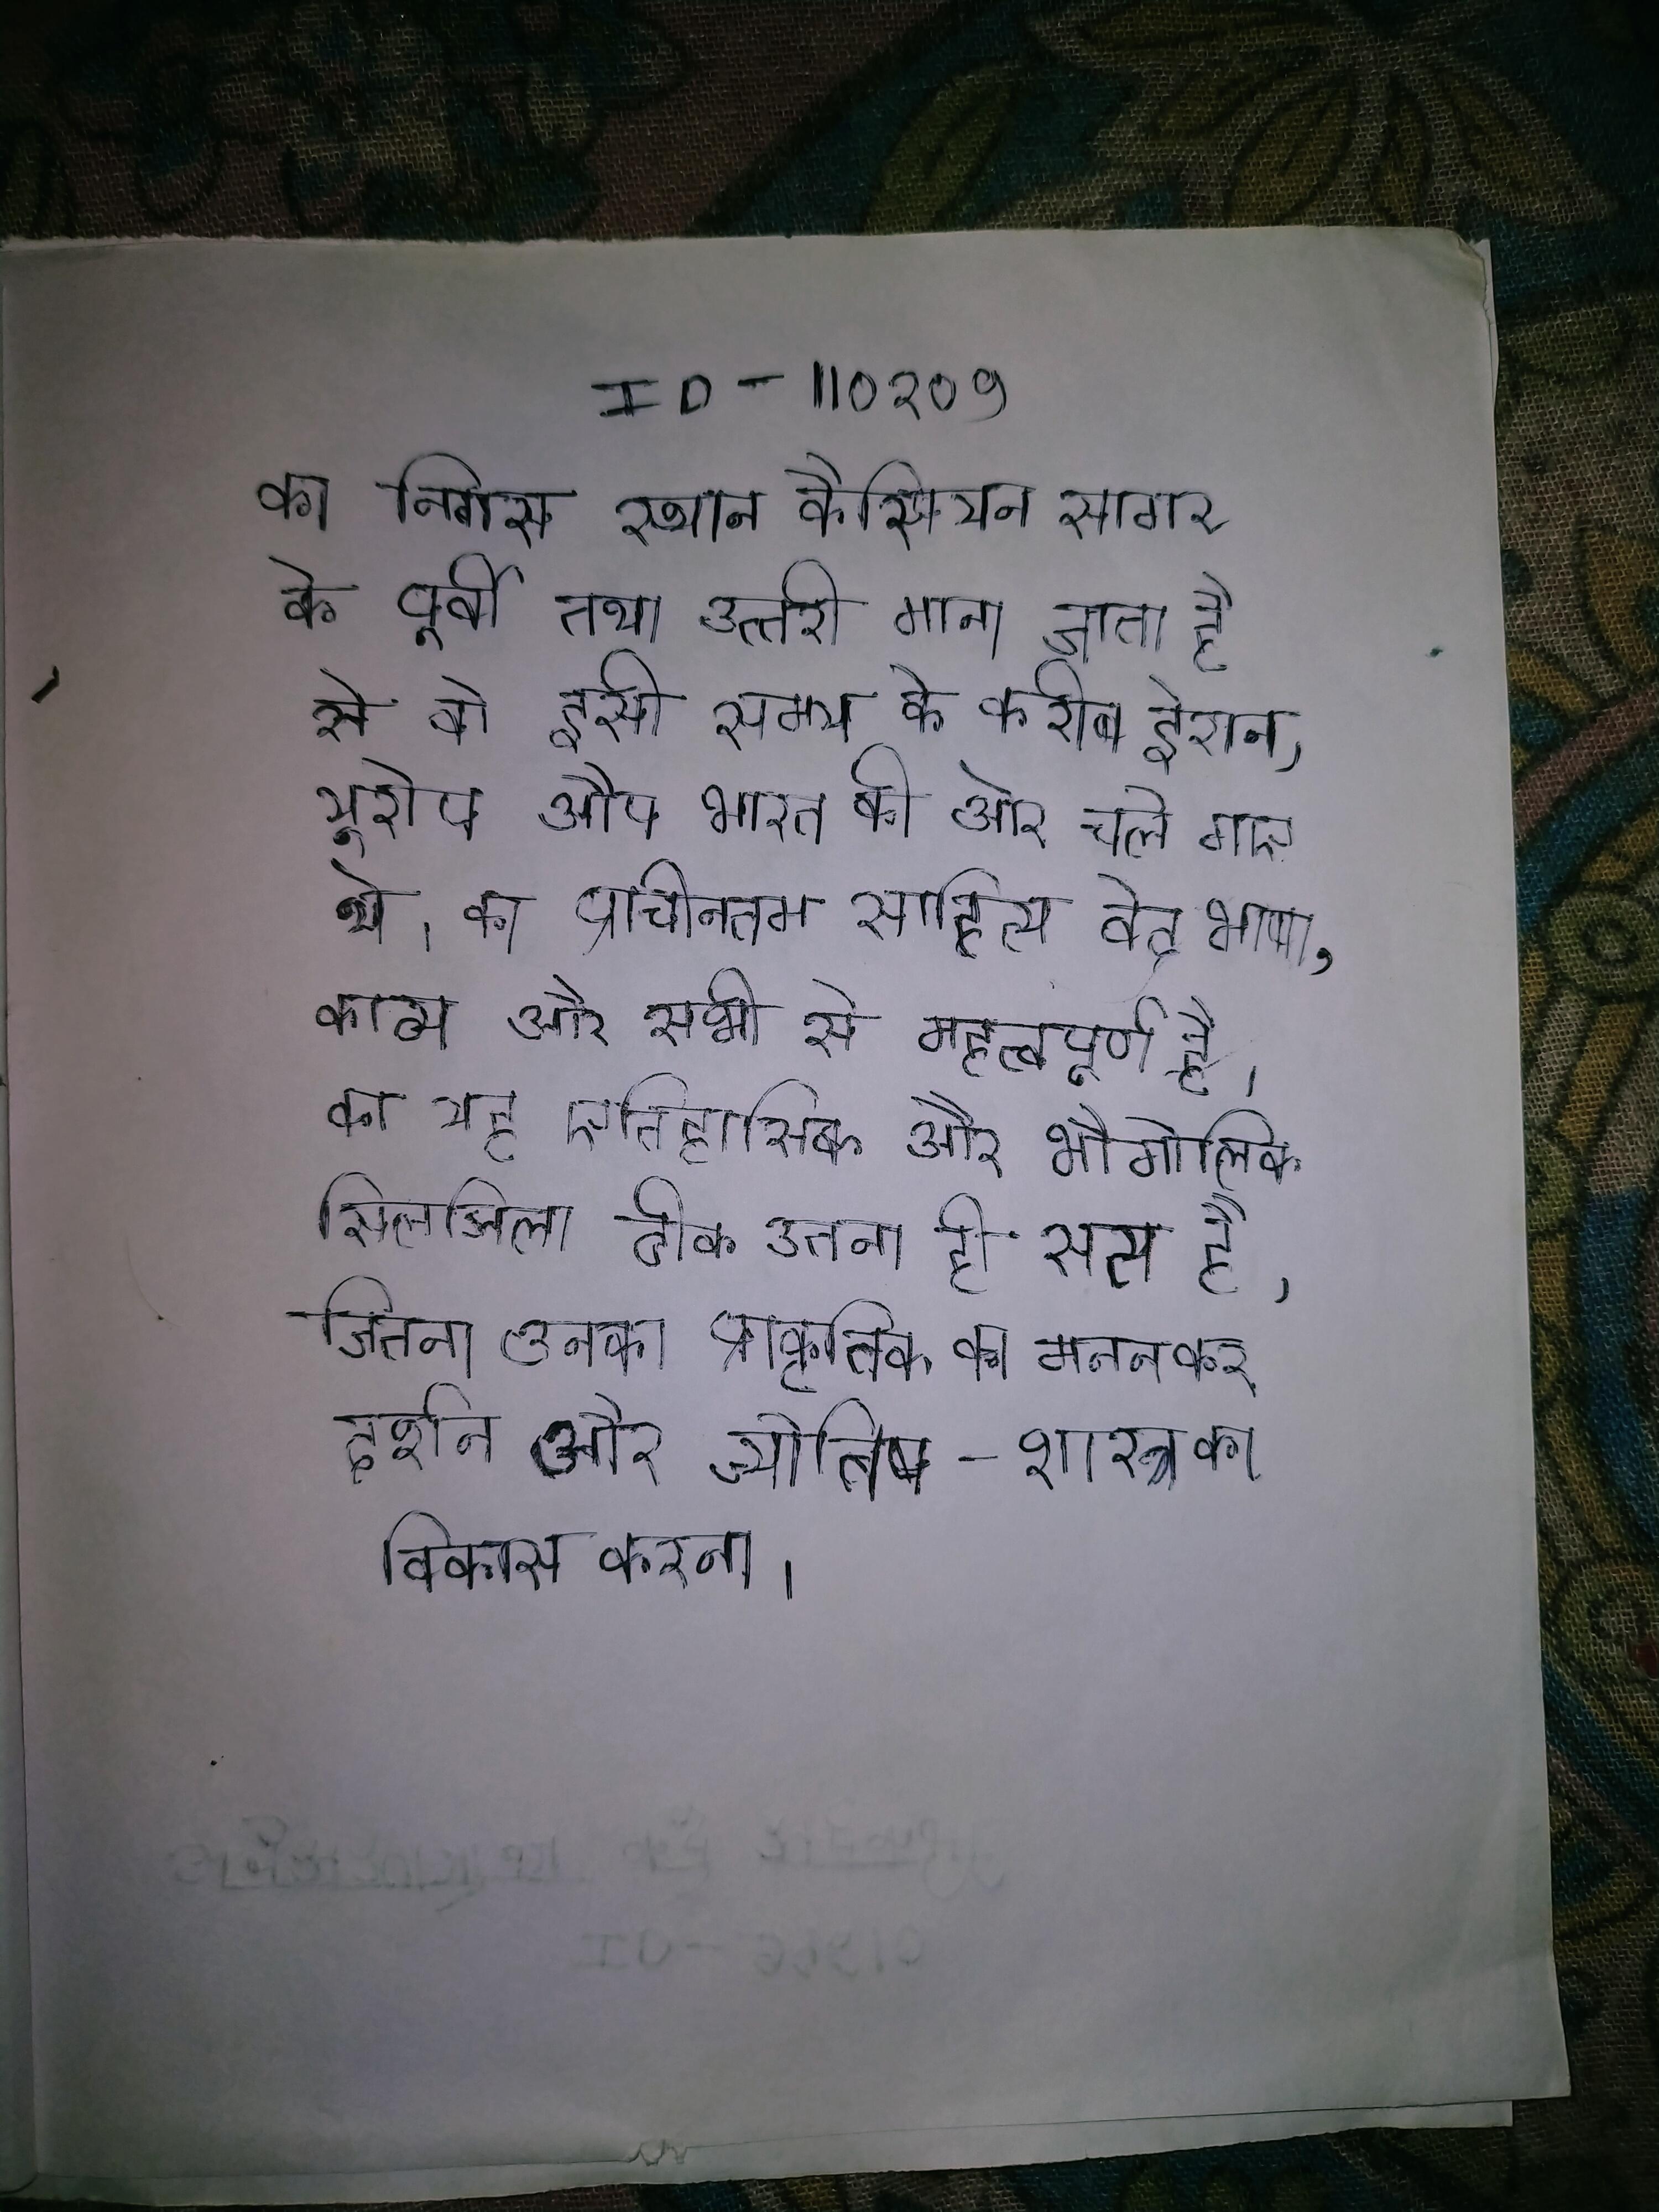
का निवास स्थान कैस्पियन सागर के पूर्वी तथा उत्तरी माना जाता है से वो इसी समय के करीब ईरान, यूरोप औप भारत की ओर चले गए थे । का प्राचीनतम साहित्य वेद भाषा, काव्य और सभी से महत्वपूर्ण है । का यह ऐतिहासिक और भौगोलिक सिलसिला ठीक उतना ही सत्य है, जितना उनका प्राकृतिक का मनन कर दर्शन और ज्योतिष-शास्त्र का विकास करना ।